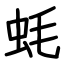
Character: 蚝